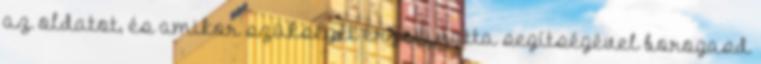
az oldatot, és amikor szükségét érzed, vatta segítségével borogasd